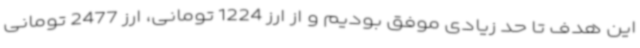
این هدف تا حد زیادی موفق بودیم و از ارز 1224 تومانی، ارز 2477 تومانی